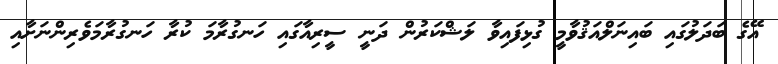
އޭގެ ބަދަލުގައި ބައިނަލްއަޤުވާމީ ގުޅިފައިވާ ލަޝްކަރުން ދަނީ ސީރިއާގައި ހަނގުރާމަ ކުރާ ހަނގުރާމަވެރިންނަށާއި